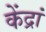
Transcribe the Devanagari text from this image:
केंद्रां